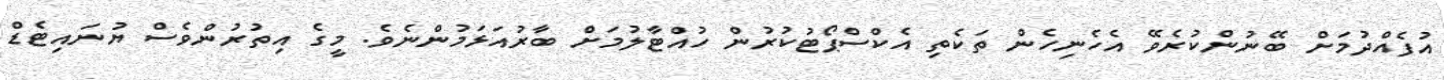
އުފެއްދުމަށް ބޭނުންކުރެވޭ އެހެނިހެން ތަކެތި އެކްސްޕޯޓުކުރުން ހުއްޓާލުމަށް ބާރުއަޅަމުންނެވެ. މީގެ އިތުރުންވެސް ޔުނައިޓެޑް